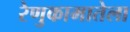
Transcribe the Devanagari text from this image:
रेणुकामातेला